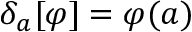
\delta _ { a } [ \varphi ] = \varphi ( a )